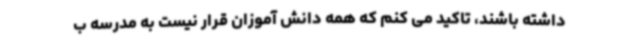
داشته باشند، تاکید می کنم که همه دانش آموزان قرار نیست به مدرسه ب